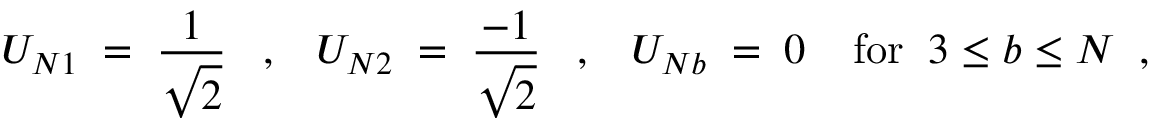
U _ { N 1 } \; = \; \frac { 1 } { \sqrt { 2 } } \; \; \; , \; \; \; U _ { N 2 } \; = \; \frac { - 1 } { \sqrt { 2 } } \; \; \; , \; \; \; U _ { N b } \; = \; 0 \; \; \; \; \mathrm { f o r } \; \; 3 \leq b \leq N \; \; ,